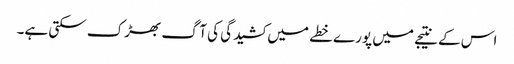
اس کے نتیجے میں پورے خطے میں کشیدگی کی آگ بھڑک سکتی ہے۔